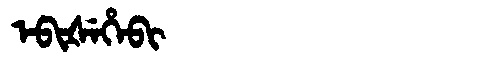
Manchu: ᡝᠪᡳᡧᡝᡥᡝᠪᡳ
Romanization: EBIŠEHEBI